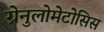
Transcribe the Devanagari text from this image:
ग्रेनुलोमेटोसिस